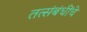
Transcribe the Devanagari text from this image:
तत्संबंधींचे